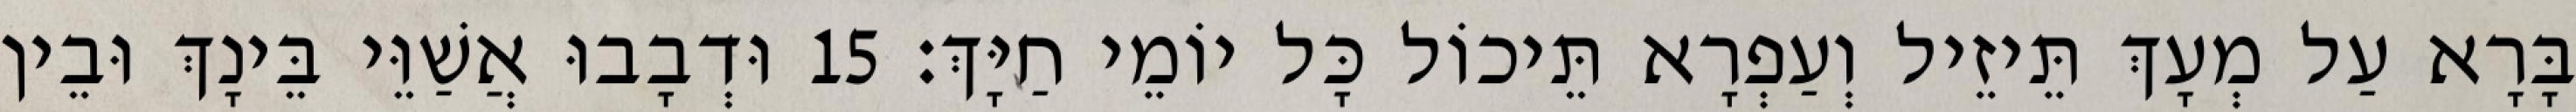
בָּרָא עַל מְעָךְ תֵּיזֵיל וְעַפְרָא תֵּיכוֹל כָּל יוֹמֵי חַיָּךְ׃ 15 וּדְבָבוּ אֲשַׁוֵּי בֵּינָךְ וּבֵין